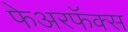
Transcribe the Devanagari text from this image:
फेअरफॅक्स